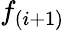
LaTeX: f_{(i+1)}